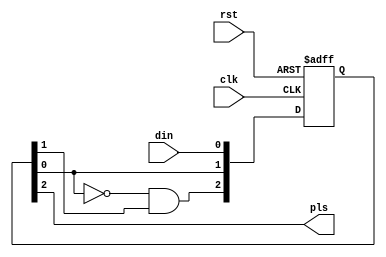
// This program was cloned from: https://github.com/TeamVoss/VossII
// License: Apache License 2.0

`timescale 1ns / 1ps
//////////////////////////////////////////////////////////////////////////////////
// Company:         Alpha Beta Technologies, Inc.
// 
// Design Name:     USB MBP HDL 
// Module Name:     fedet.v
// Project Name:    4020 HAWK ZAOM Upgrade
// Target Devices:  XC2S150-5PQ208I 
// Tool versions:   ISE 8.2i
//
// Description:     Multi-stage synchronizer with falling edge detection
//
// Dependencies:    None
//
// Revision History:
//
//  0.01    08C01   MAM     File Created
//
// Additional Comments: 
//
///////////////////////////////////////////////////////////////////////////////

module fedet(rst, clk, din, pls);

///////////////////////////////////////////////////////////////////////////////
//
//  Module Port Declarations
//
    
    input   rst;
    input   clk;
    input   din;
    output  pls;

///////////////////////////////////////////////////////////////////////////////
//
//  Module Level Declarations
//

    reg [2:0] QSync;
    
///////////////////////////////////////////////////////////////////////////////
//
//  Implementation
//

always @(posedge clk or posedge rst) begin
    if(rst)
        #1 QSync <= 3'b011;
    else 
        #1 QSync <= {~QSync[0] & QSync[1], QSync[0], din};
end

assign pls = QSync[2];

endmodule